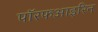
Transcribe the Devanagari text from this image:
पॉरफआइरिन